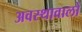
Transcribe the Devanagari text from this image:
अवस्थावालों